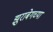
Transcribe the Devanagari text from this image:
झुराबेगच्या